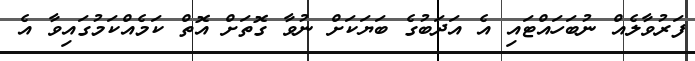
ފަރުވާލެއް ނުބަހައްޓައި އެ އަދަބުގެ ބަޔަކަށް ނުވާ ގޮތަށް އޮތް ކަމެއްކަމުގައިވާ އެ